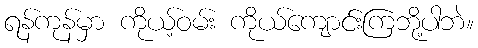
ရန်ကုန်မှာ ကိုယ့်ဝမ်း ကိုယ်ကျောင်းကြဘို့ပါဘဲ။